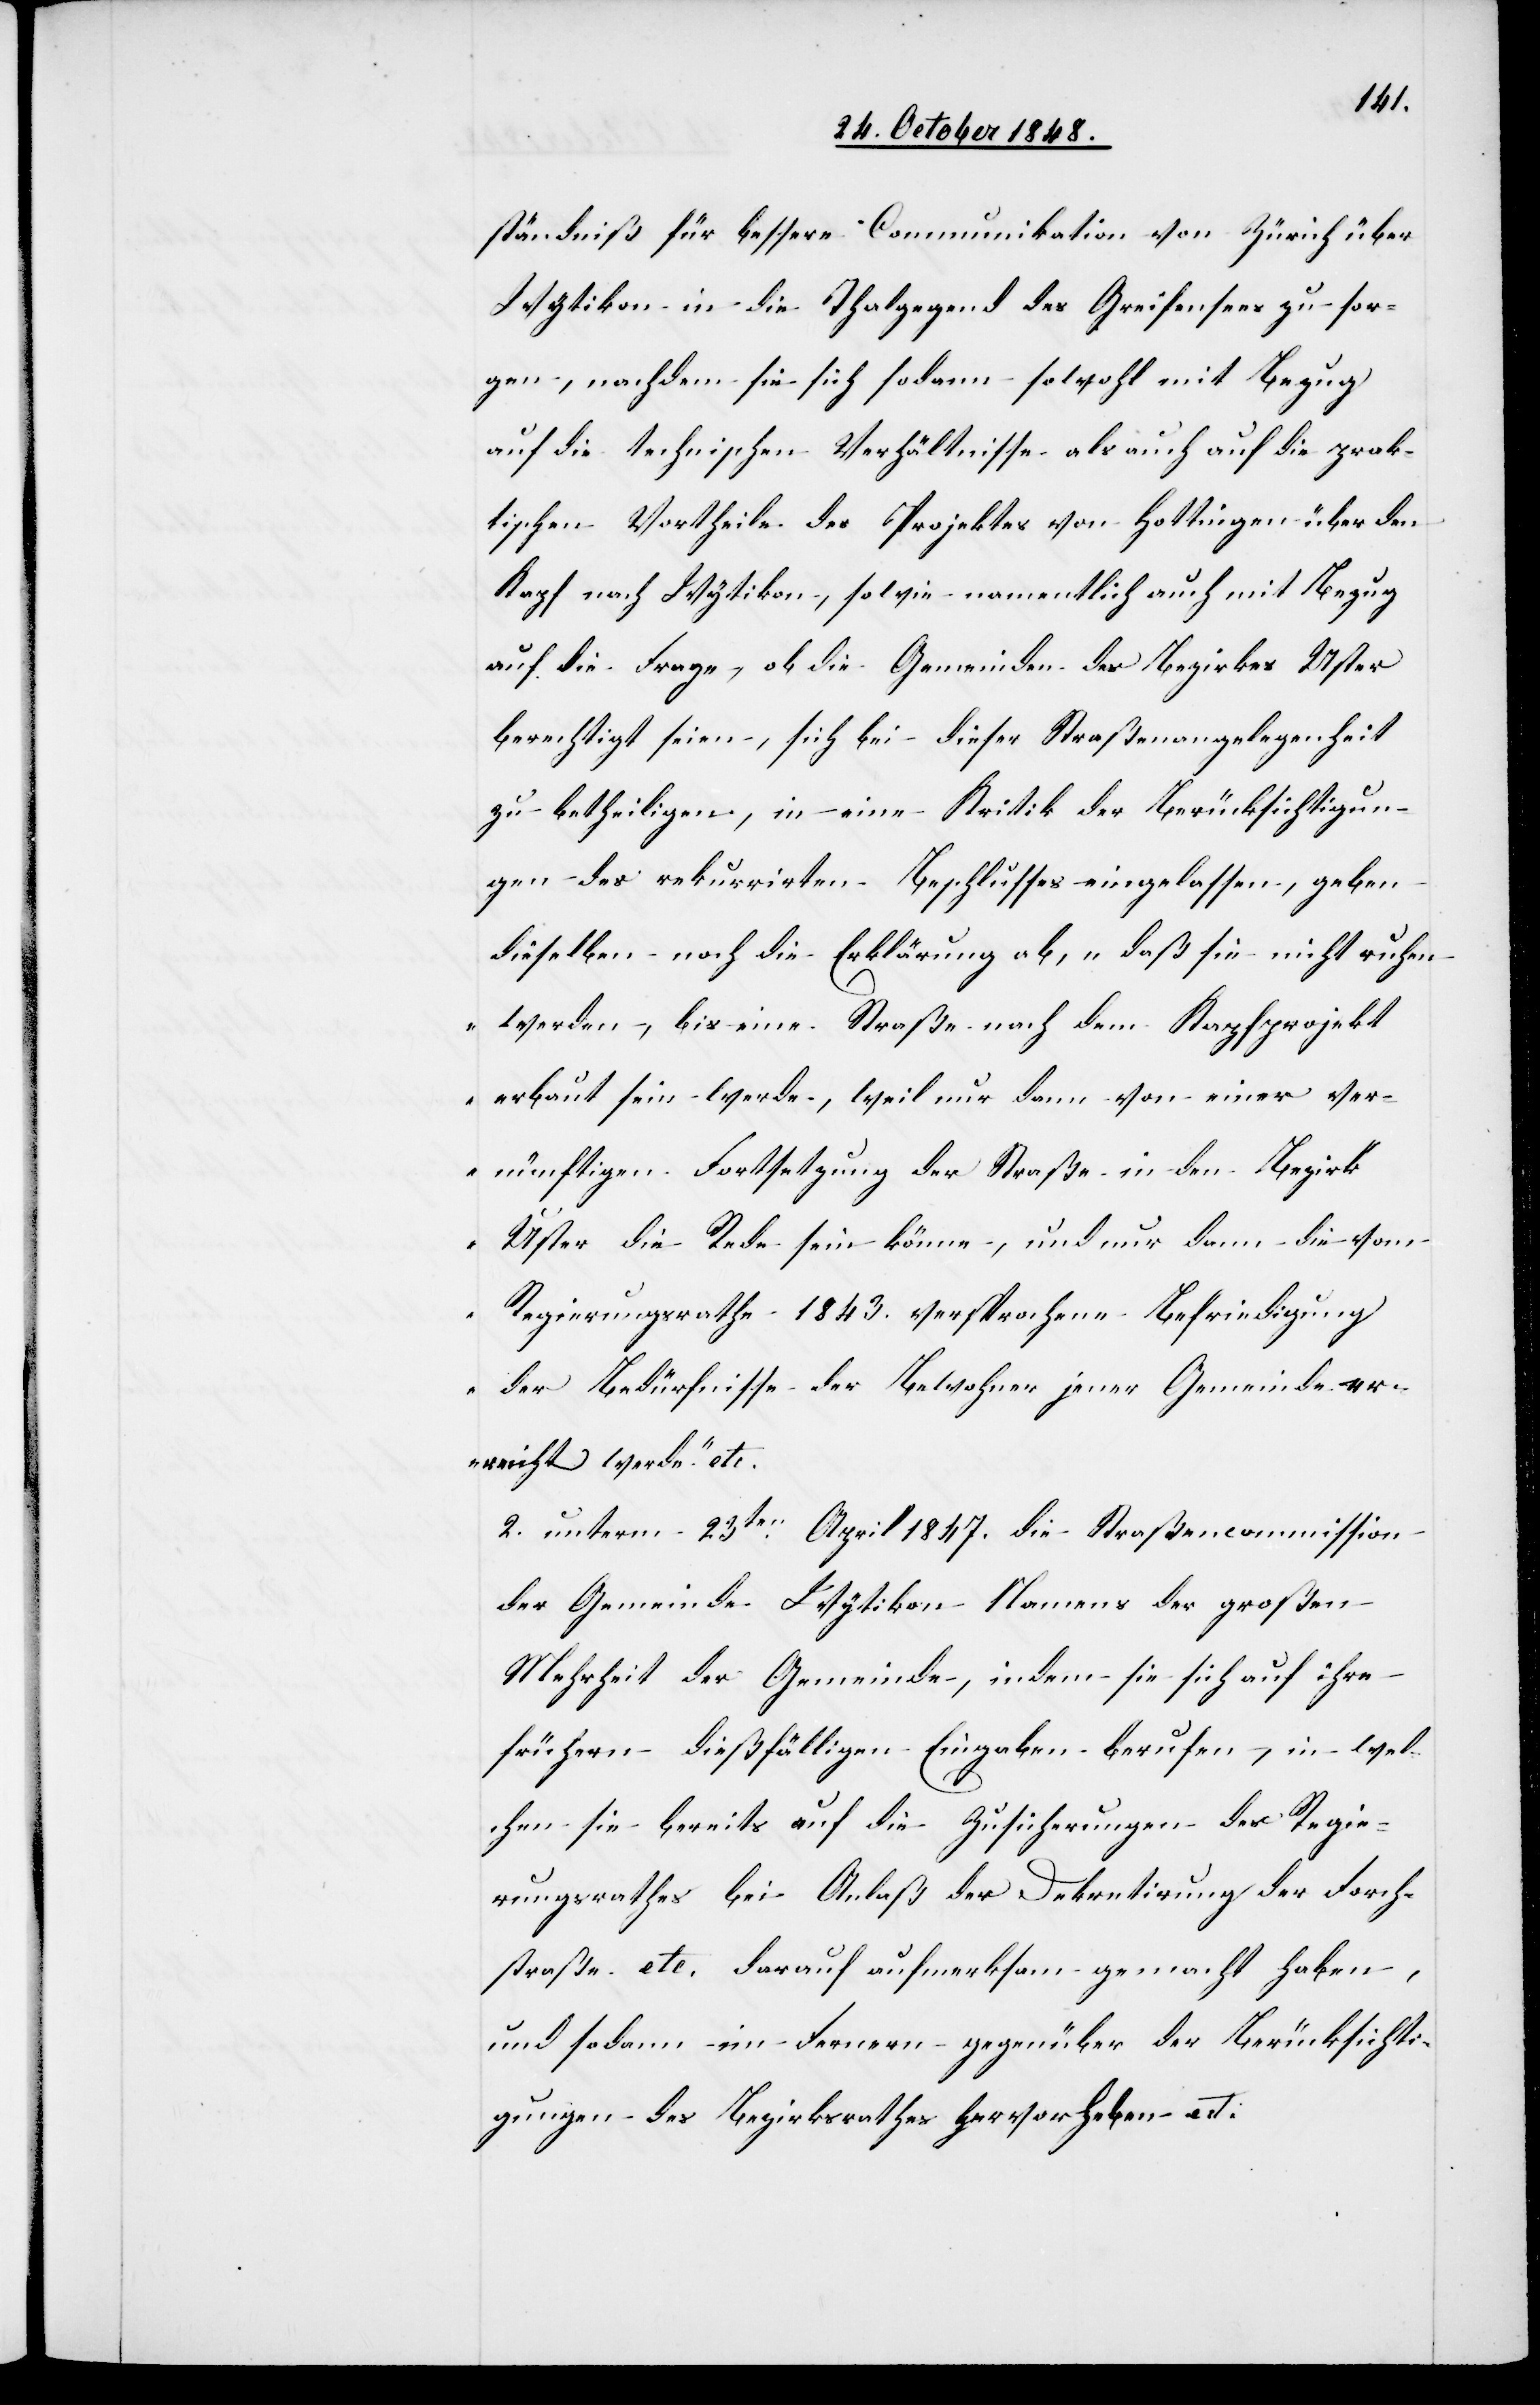
ständniß für bessere Communikation von Zürich über
Wytikon in die Thalgegend des Greifensees zu sor¬
gen, nachdem sie sich sodann sowohl mit Bezug
auf die technischen Verhältnisse als auch auf die prak¬
tischen Vortheile des Projektes von Hottingen über den
Kapf nach Wytikon, sowie namentlich auch mit Bezug
auf die Frage, ob die Gemeinden des Bezirkes Uster
berechtigt seien, sich bei dieser Straßenangelegenheit
zu betheiligen, in eine Kritik der Berücksichtigun¬
gen des rekurrirten Beschlusses eingelassen, geben
dieselben noch die Erklärung ab, „daß sie nicht ruhen
werden, bis eine Straße nach dem Kapfprojekt
erbaut sein werde, weil nur dem von einer ver¬
nünftigen Fortsetzung der Straße in den Bezirk
Uster die Rede sein könne, und nur dann die vom
Regierungsrathe 1843. versprochene Befriedigung
der Bedürfnisse der Bewohner jener Gemeinde er¬
reicht werde“, etc.
2. unterm 23ten April 1847. die Straßencommission
der Gemeinde Wytikon Namens der großen
Mehrheit der Gemeinde, indem sie sich auf ihre
frühern dießfälligen Eingaben berufen, in wel¬
chen sie bereits auf die Zusicherungen des Regie¬
rungsrathes bei Anlaß der Dekretirung der Forch¬
straße etc. darauf aufmerksam gemacht haben,
und sodann im Fernern gegenüber der Berücksichti¬
gungen des Bezirksrathes hervorheben etc.